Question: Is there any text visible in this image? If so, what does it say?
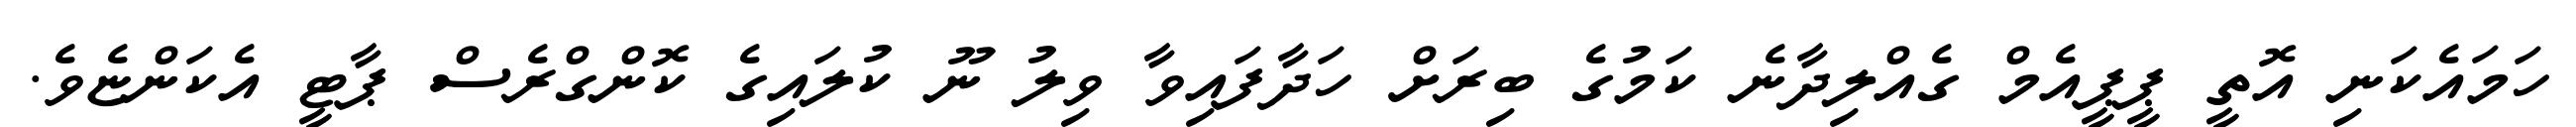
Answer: ހަމައެކަނި އޮތީ ޕީޕީއެމް ގެއްލިދާނެ ކަމުގެ ބިރަށް ހަދާފައިވާ ވިލު ނޫ ކުލައިގެ ކޮންގްރެސް ޕާޓީ އެކަންޏެވެ.